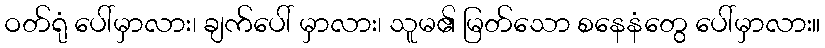
ဝတ်ရုံ ပေါ်မှာလား၊ ချက်ပေါ် မှာလား၊ သူမ၏ မြတ်သော စနေနံတွေ ပေါ်မှာလား။